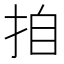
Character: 𭠪